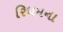
રિધમના